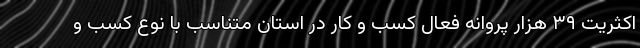
اکثریت ۳۹ هزار پروانه فعال کسب و کار در استان متناسب با نوع کسب و